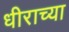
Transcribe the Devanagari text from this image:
धीराच्या